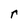
Character: r